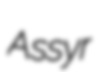
Assyr